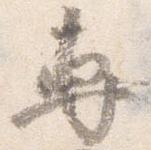
専